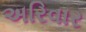
અરિવાર